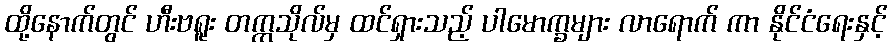
ထို့နောက်တွင် ဟီးဗရူး တက္ကသိုလ်မှ ထင်ရှားသည့် ပါမောက္ခများ လာရောက် ကာ နိုင်ငံရေးနှင့်